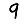
Digit: 9